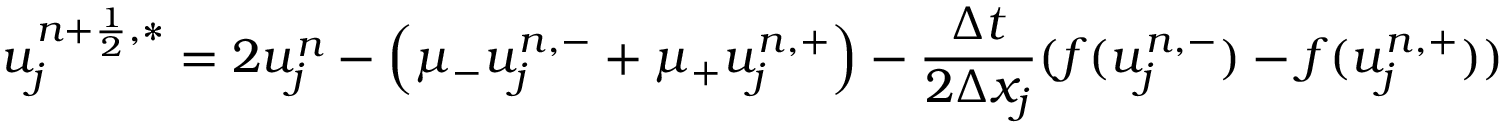
u _ { j } ^ { n + \frac { 1 } { 2 } , \ast } = 2 u _ { j } ^ { n } - \left( \mu _ { - } u _ { j } ^ { n , - } + \mu _ { + } u _ { j } ^ { n , + } \right) - \frac { \Delta t } { 2 \Delta x _ { j } } ( f ( u _ { j } ^ { n , - } ) - f ( u _ { j } ^ { n , + } ) )